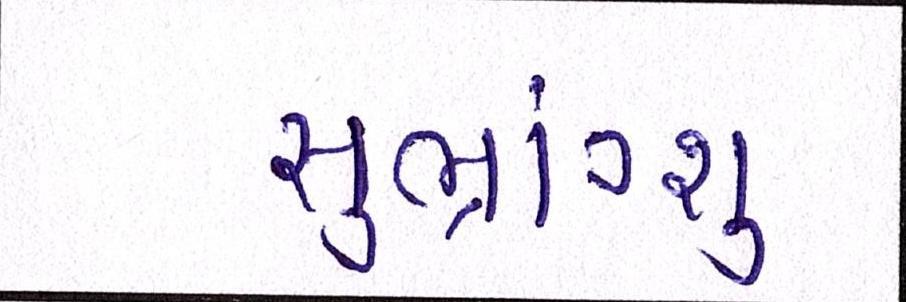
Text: સુભ્રાંગ્શુ